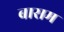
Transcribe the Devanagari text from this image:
बासम